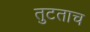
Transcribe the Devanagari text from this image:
तुटताच